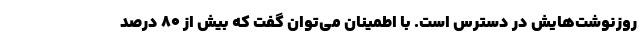
روزنوشت‌هایش در دسترس است. با اطمینان می‌توان گفت که بیش از ۸۰ درصد